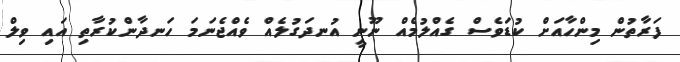
ފަރާތުން މިންހާއަށް ކުޑަވެސް ގެއްލުމެެއް ނޫނީ އުނދަގުލެއް ވެއްޖެނަމަ ހަނދާންކުރާތި އައި ވިލް